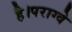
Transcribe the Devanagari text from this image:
है।पराग्वे